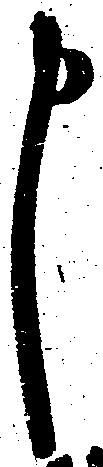
申